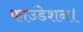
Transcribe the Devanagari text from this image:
फाउंडेशन।